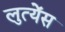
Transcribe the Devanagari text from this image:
लुत्येंस